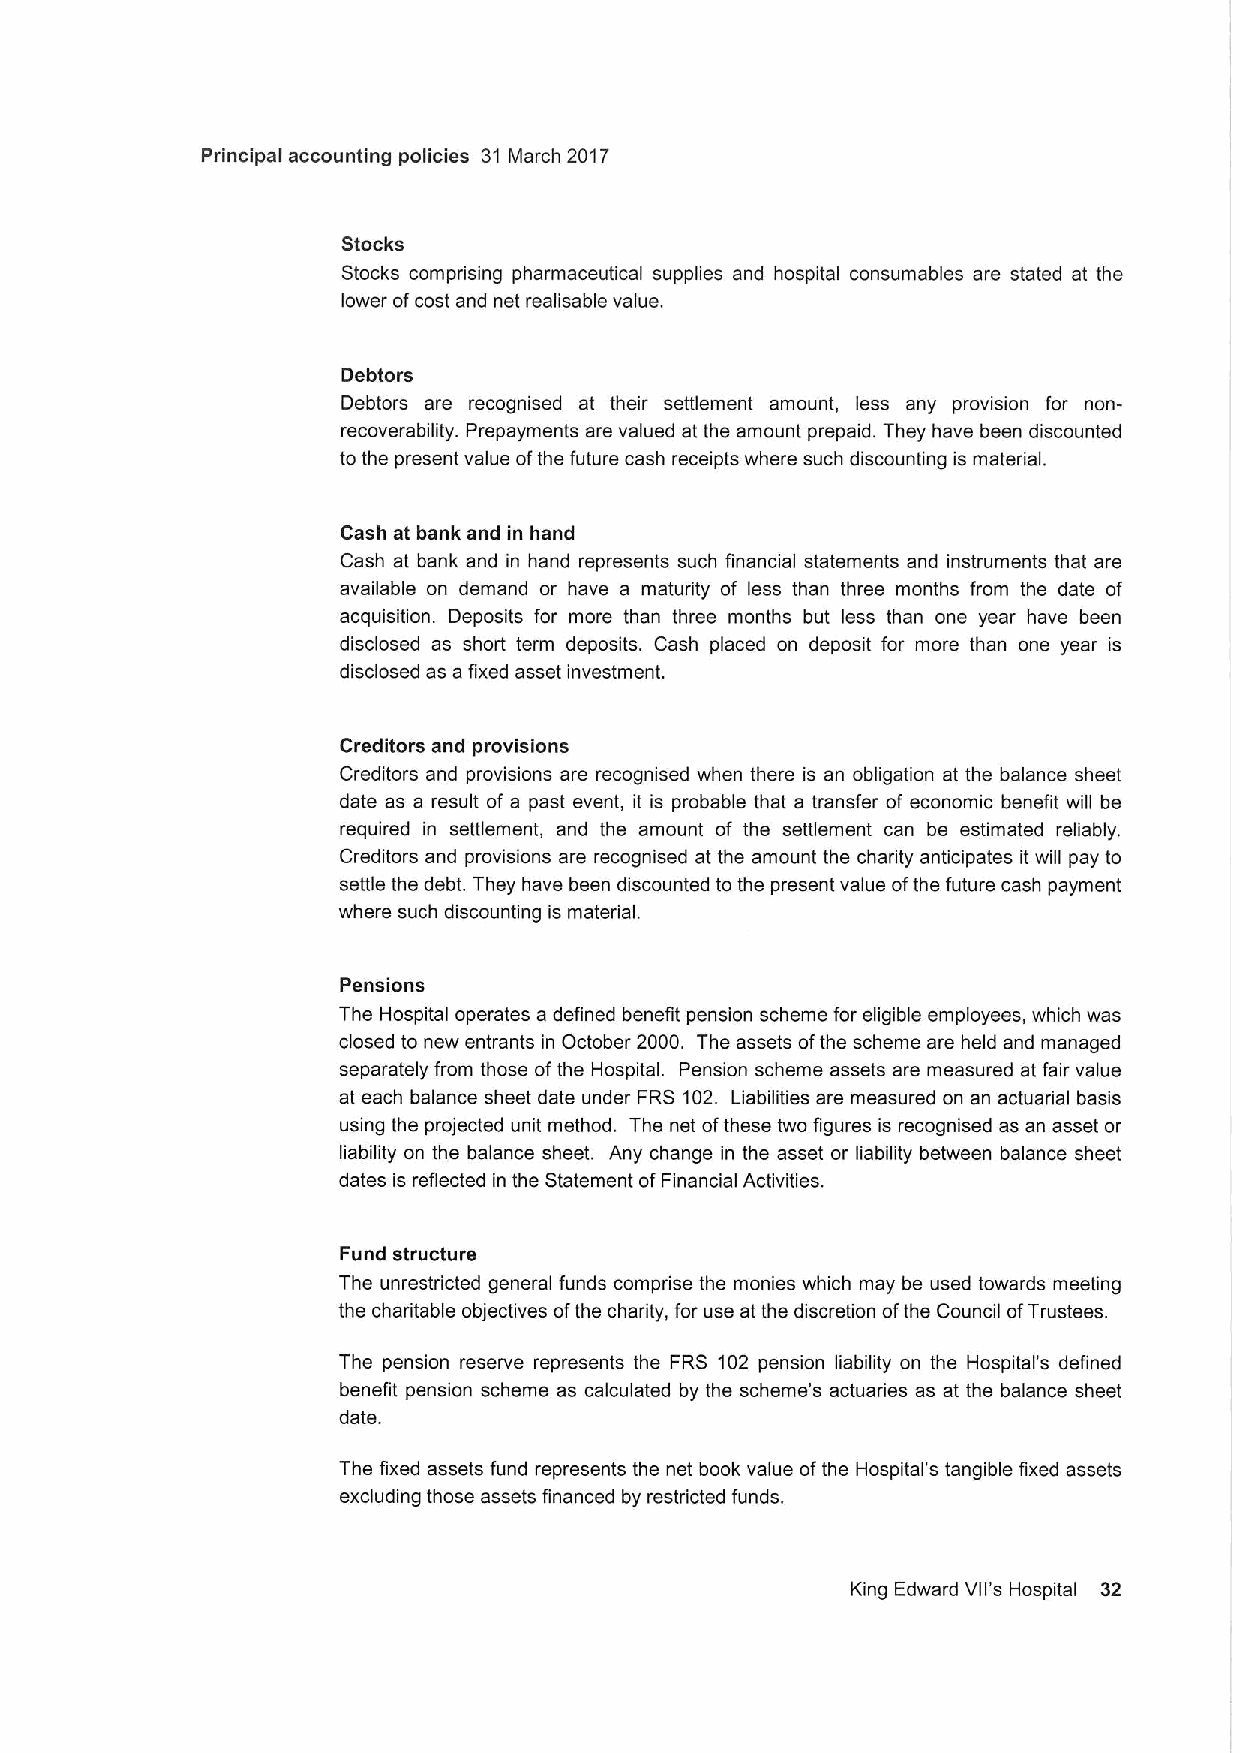
Principal accounting policies 31 March 2017
 Stocks
 Stocks comprising pharmaceutical supplies and hospital consumables are stated at the
 lower ofcost and net realisable value.
 Debtors
 Debtors are recognised at their settlement amount, less any provision for non-
 recoverability. Prepayments are valued at the amount prepaid. They have been discounted
 to the present value ofthe future cash receipts where such discounting is material.
 Cash at bank and in hand
 Cash at bank and in hand represents such financial statements and instruments that are
 available on demand or have a maturity of less than three months from the date of
 acquisition. Deposits for more than three months but less than one year have been
 disclosed as short term deposits. Cash placed on deposit for more than one year is
 disclosed as a fixed asset investment.
 Creditors and provisions
 Creditors and provisions are recognised when there is an obligation at the balance sheet
 date as a result of a past event, it is probable that a transfer of economic benefit will be
 required in settlement, and the amount of the settlement can be estimated reliably.
 Creditors and provisions are recognised at the amount the charity anticipates it will pay to
 settle the debt. They have been discounted to the present value ofthe future cash payment
 where such discounting is material.
 Pensions
 The Hospital operates a defined benefit pension scheme for eligible employees, which was
 closed to new entrants in October 2000. The assets ofthe scheme are held and managed
 separately from those ofthe Hospital. Pension scheme assets are measured at fair value
 at each balance sheet date under FRS 102. Liabilities are measured on an actuarial basis
 using the projected unit method. The net ofthese two figures is recognised as an asset or
 liability on the balance sheet. Any change in the asset or liability between balance sheet
 dates is reflected in the Statement ofFinancial Activities.
 Fund structure
 The unrestricted general funds comprise the monies which may be used towards meeting
 the charitable objectives ofthe charity, for use at the discretion ofthe Council ofTrustees.
 The pension reserve represents the FRS 102 pension liability on the Hospital's defined
 benefit pension scheme as calculated by the scheme's actuaries as at the balance sheet
 date.
 The fixed assets fund represents the net book value ofthe Hospital's tangible fixed assets
 excluding those assets financed by restricted funds.
 King Edward Vll's Hospital 32